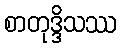
စာတုဒ္ဒိသဿ